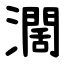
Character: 濶